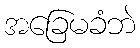
အခြေမခံဘဲ